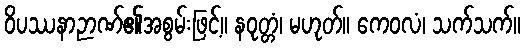
ဝိပဿနာဉာဏ်၏အစွမ်းဖြင့်။ နဝုတ္တံ၊ မဟုတ်။ ကေဝလံ၊ သက်သက်။